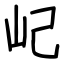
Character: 屺